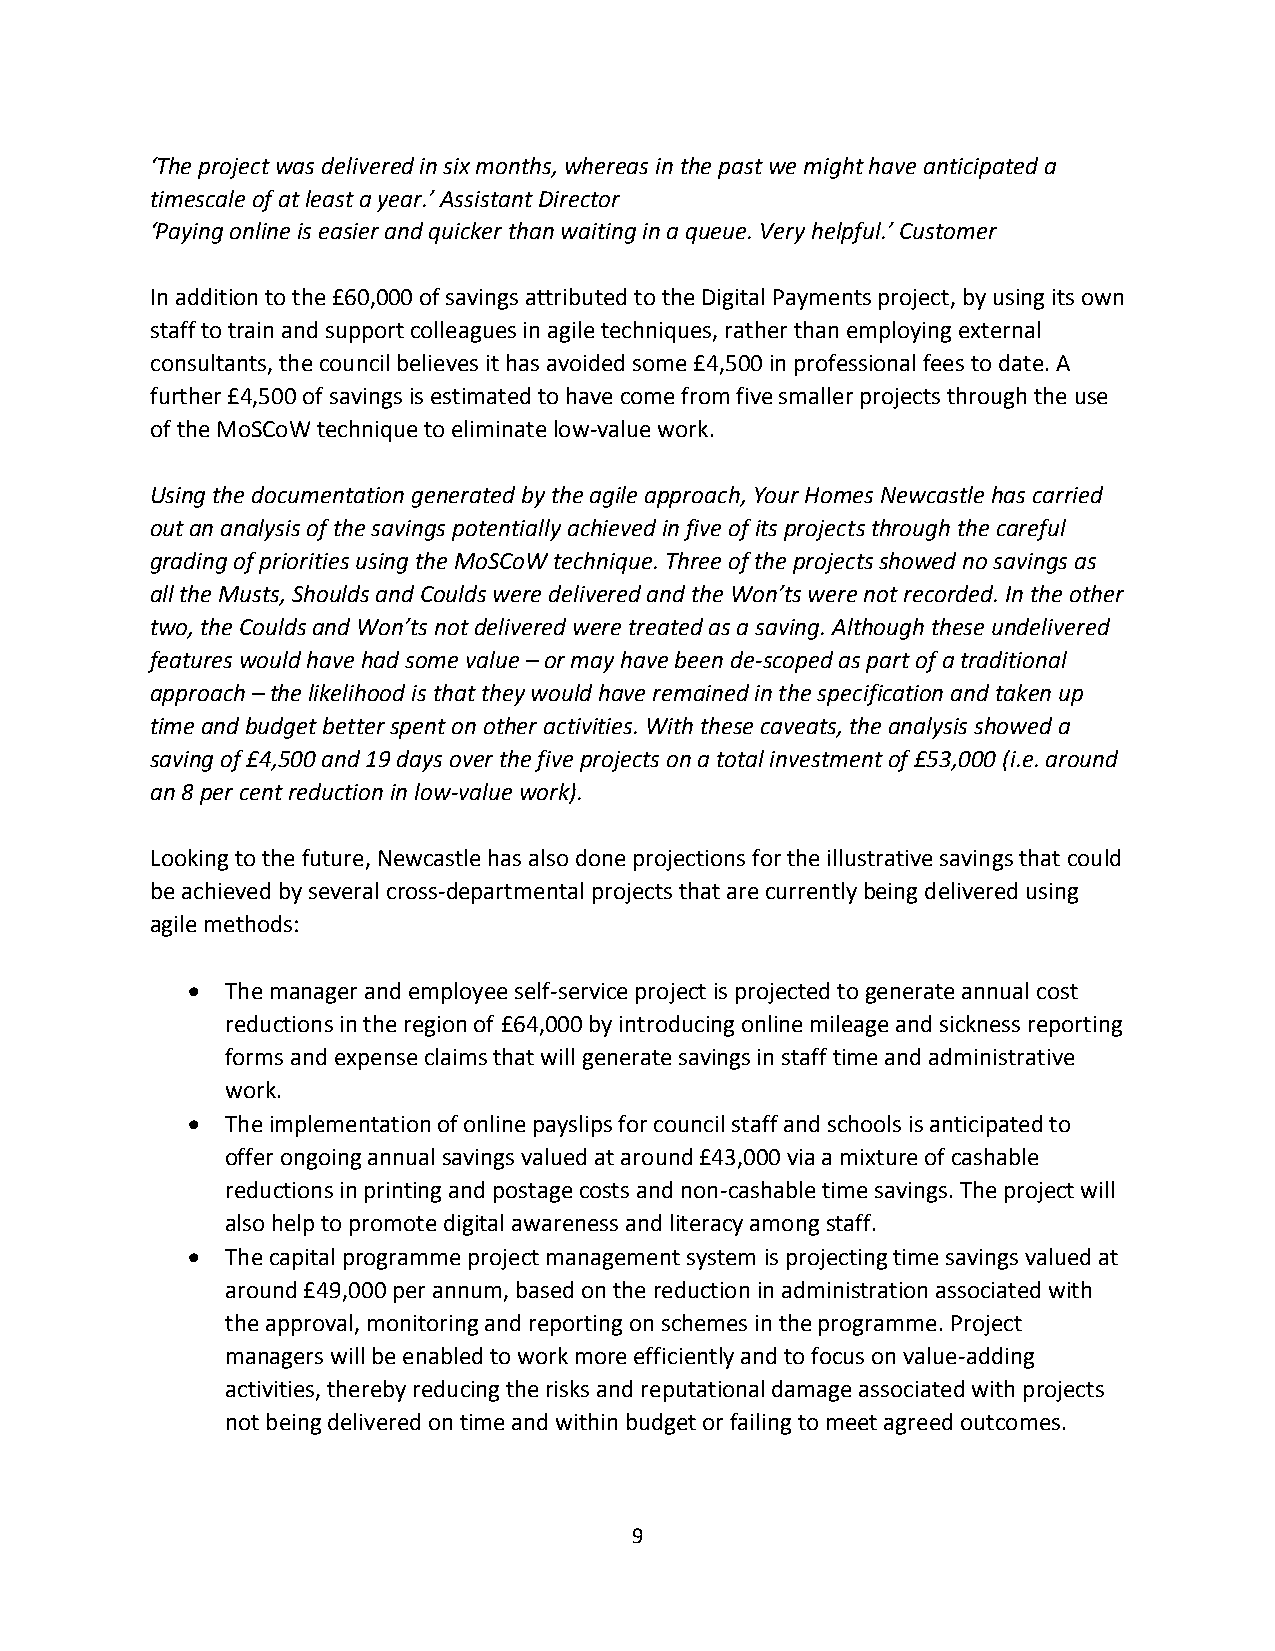
‘The project was delivered in six months, whereas in the past we might have anticipated a
 timescale of at least a year.’ Assistant Director
 ‘Paying online is easier and quicker than waiting in a queue. Very helpful.’ Customer
 In addition to the £60,000 of savings attributed to the Digital Payments project, by using its own
 staff to train and support colleagues in agile techniques, rather than employing external
 consultants, the council believes it has avoided some £4,500 in professional fees to date. A
 further £4,500 of savings is estimated to have come from five smaller projects through the use
 of the MoSCoW technique to eliminate low-value work.
 Using the documentation generated by the agile approach, Your Homes Newcastle has carried
 out an analysis of the savings potentially achieved in five of its projects through the careful
 grading of priorities using the MoSCoW technique. Three of the projects showed no savings as
 all the Musts, Shoulds and Coulds were delivered and the Won’ts were not recorded. In the other
 two, the Coulds and Won’ts not delivered were treated as a saving. Although these undelivered
 features would have had some value – or may have been de-scoped as part of a traditional
 approach – the likelihood is that they would have remained in the specification and taken up
 time and budget better spent on other activities. With these caveats, the analysis showed a
 saving of £4,500 and 19 days over the five projects on a total investment of £53,000 (i.e. around
 an 8 per cent reduction in low-value work).
 Looking to the future, Newcastle has also done projections for the illustrative savings that could
 be achieved by several cross-departmental projects that are currently being delivered using
 agile methods:
   The manager and employee self-service project is projected to generate annual cost
 reductions in the region of £64,000 by introducing online mileage and sickness reporting
 forms and expense claims that will generate savings in staff time and administrative
 work.
   The implementation of online payslips for council staff and schools is anticipated to
 offer ongoing annual savings valued at around £43,000 via a mixture of cashable
 reductions in printing and postage costs and non-cashable time savings. The project will
 also help to promote digital awareness and literacy among staff.
   The capital programme project management system is projecting time savings valued at
 around £49,000 per annum, based on the reduction in administration associated with
 the approval, monitoring and reporting on schemes in the programme. Project
 managers will be enabled to work more efficiently and to focus on value-adding
 activities, thereby reducing the risks and reputational damage associated with projects
 not being delivered on time and within budget or failing to meet agreed outcomes.
 9